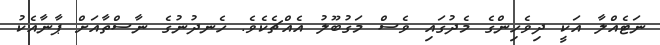
ނަޓެއްލާ އަކީ ދިވެހިންގެ މެދުގައި ވެސް މަގުބޫލު އެއްޗެކެވެ. ހެނދުނުގެ ނާސްތާއަށް ޕާނާއެކު